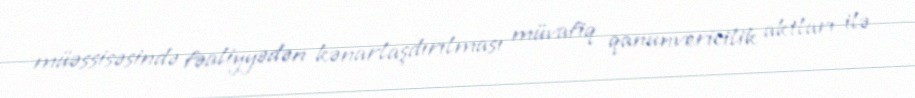
müəssisəsində fəaliyyədən kənarlaşdırılması müvafiq qanunvericilik aktları ilə